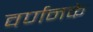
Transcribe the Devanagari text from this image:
वर्णनके